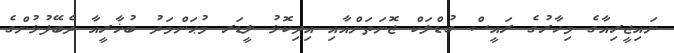
ނައިޖީރިއާގެ މިހާރުގެ ރައީސް ގުޑްލަކް ޖޮނަތަންއާއި އިދިކޮޅު ލީޑަރ މުޙަންމަދު ބުޚާރީއާ ދެބޭފުޅުންގެ